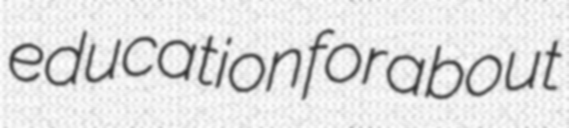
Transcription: education for about